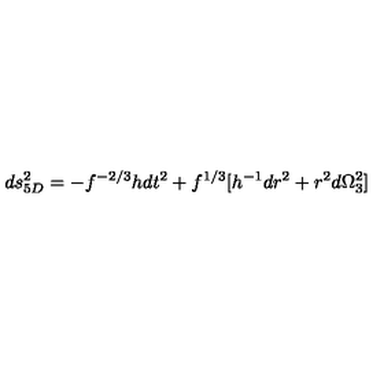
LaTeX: d s _ { 5 D } ^ { 2 } = - f ^ { - 2 / 3 } h d t ^ { 2 } + f ^ { 1 / 3 } [ h ^ { - 1 } d r ^ { 2 } + r ^ { 2 } d \Omega _ { 3 } ^ { 2 } ]